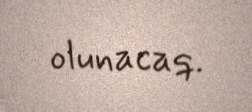
olunacaq.